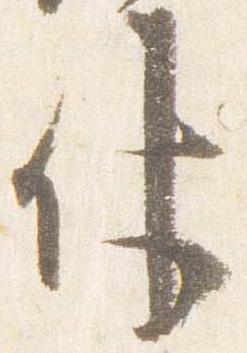
仗